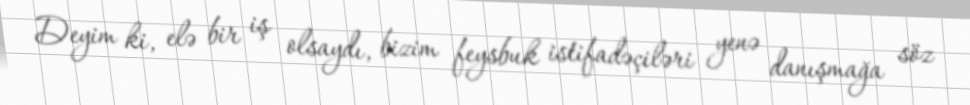
Deyim ki, elə bir iş olsaydı, bizim feysbuk istifadəçiləri yenə danışmağa söz